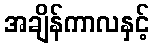
အချိန်ကာလနှင့်